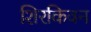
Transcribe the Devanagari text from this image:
शिरकिवन